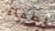
لطفاء